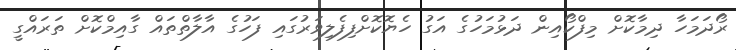
ރޯދަމަހާ ދިމާކޮށް މިފްކޯއިން ދަޅުމަހުގެ އަގު ހެޔޮކޮށްފިފެލިވަރުގައި ފަހުގެ އާލާތްތައް ގާއިމްކޮށް ތަރައްގީ